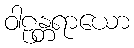
ဝါဠန္တရာယော